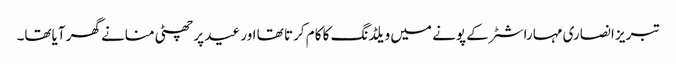
تبریز انصاری مہاراشٹر کے پونے میں ویلڈنگ کا کام کرتا تھا اور عید پر چھٹی منانے گھر آیاتھا۔